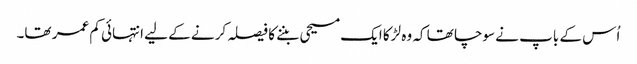
اُس کے باپ نے سوچا تھا کہ وہ لڑکا ایک مسیحی بننے کا فیصلہ کرنے کے لیے انتہائی کم عمر تھا۔